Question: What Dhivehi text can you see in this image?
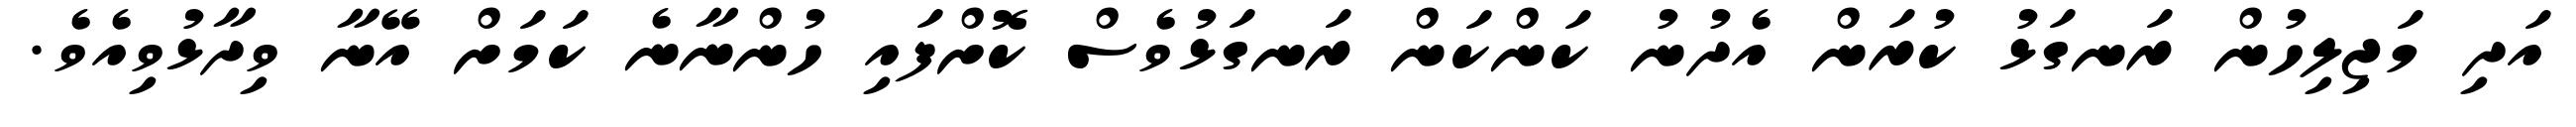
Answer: އަދި މަޖިލިހުން ރަނގަޅު ކުރަން އެދުނު ކަންކަން ރަނގަޅުވެސް ކޮށްފައި ހުންނާނެ ކަމަށް އޭނާ ވިދާޅުވިއެވެ.